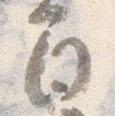
間